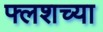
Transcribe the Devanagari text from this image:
फ्लशच्या